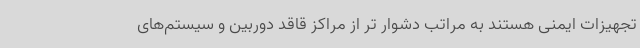
تجهیزات ایمنی هستند به مراتب دشوار تر از مراکز قاقد دوربین و سیستم‌های